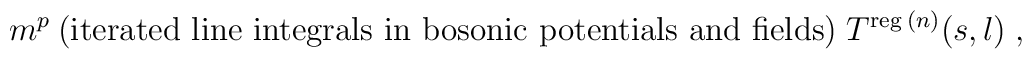
m^p \:{\mbox{(iterated line integrals in bosonic potentials and fields)}} \; T^{\mbox{\scriptsize{reg}}\:(n)}(s,l)\;,